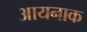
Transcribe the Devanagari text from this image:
आयनाक